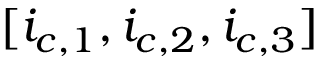
[ i _ { c , 1 } , i _ { c , 2 } , i _ { c , 3 } ]